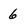
Character: 6